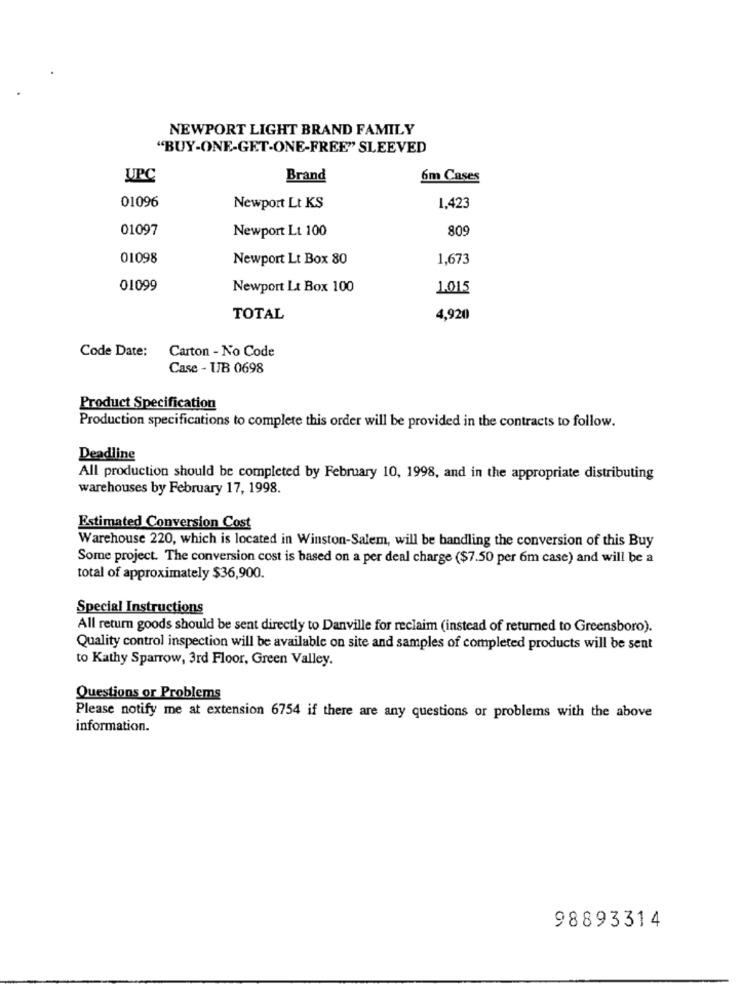
NEWPORT LIGHT BRAND FAMILY
"BUY-ONE-GET-ONE-FREE" SLEEVED
UPC
Brand
6m Cases
01096
Newport Lt KS
1.423
01097
Newport Lt 100
809
01098
Newport Lt Box 80
1,673
01099
Newport Lt Box 100
1.015
TOTAL
4,920
Carton - No Code
Code Date:
Case - UB 0698
Product Specification
Production specifications to complete this order will be provided in the contracts to follow.
Deadline
All production should be completed by February 10, 1998, and in the appropriate distributing
warehouses by February 17, 1998.
Estimated Conversion Cost
Warehouse 220, which is located in Winston-Salem, will be handling the conversion of this Buy
Some project. The conversion cost is based on a per deal charge ($7.50 per 6m case) and will be a
total of approximately $36,900.
Special Instructions
All return goods should be sent directly to Danville for reclaim (instead of returned to Greensboro).
Quality control inspection will be available on site and samples of completed products will be sent
to Kathy Sparrow, 3rd Floor, Green Valley.
Questions or Problems
Please notify me at extension 6754 if there are any questions or problems with the above
information.
98893314